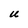
Character: U